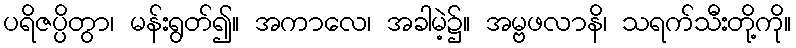
ပရိဇပ္ပိတွာ၊ မန်းရွတ်၍။ အကာလေ၊ အခါမဲ့၌။ အမ္ဗဖလာနိ၊ သရက်သီးတို့ကို။